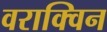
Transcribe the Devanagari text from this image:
वराक्विन